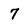
Character: 7